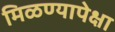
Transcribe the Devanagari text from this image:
मिळण्यापेक्षा